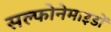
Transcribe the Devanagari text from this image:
सल्फोनेमाइडों